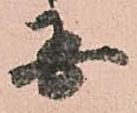
国